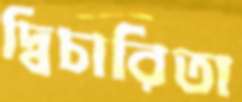
দ্বিচারিতা